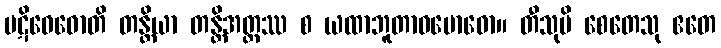
ပဋိဝေဓောတိ တန္တိယာ တန္တိအတ္ထဿ စ ယထာဘူတာဝဗောဓော။ တီသုပိ စေတေသု ဧတေ